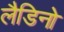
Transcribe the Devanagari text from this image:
लैडिनो